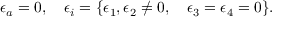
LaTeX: \epsilon _ { a } = 0 , ~ ~ ~ \epsilon _ { i } = \{ \epsilon _ { 1 } , \epsilon _ { 2 } \not = 0 , ~ ~ ~ \epsilon _ { 3 } = \epsilon _ { 4 } = 0 \} .